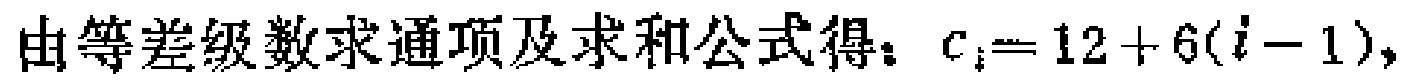
由等差级数求通项及求和公式得：\(c_{i}=12 + 6(i - 1)\)，